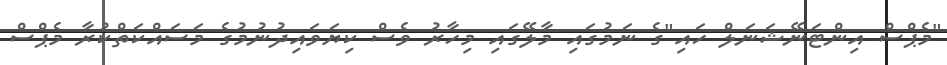
"މެޕްސް އިންޓަނޭޝަނަލް ހައި"ގެ ނަމުގައި މާލޭގައި މިހާރު ވެސް ކިޔަވައިދުނުމުގެ މަސައްކަތްކުރާ މެޕްސް